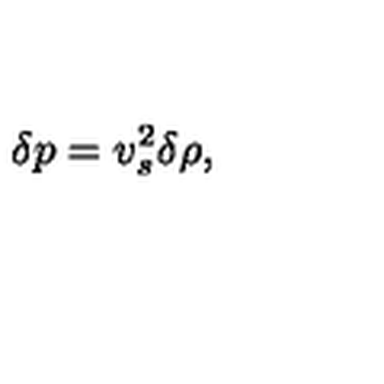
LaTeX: \delta p = v _ { s } ^ { 2 } \delta \rho ,